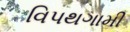
વિપથગામી